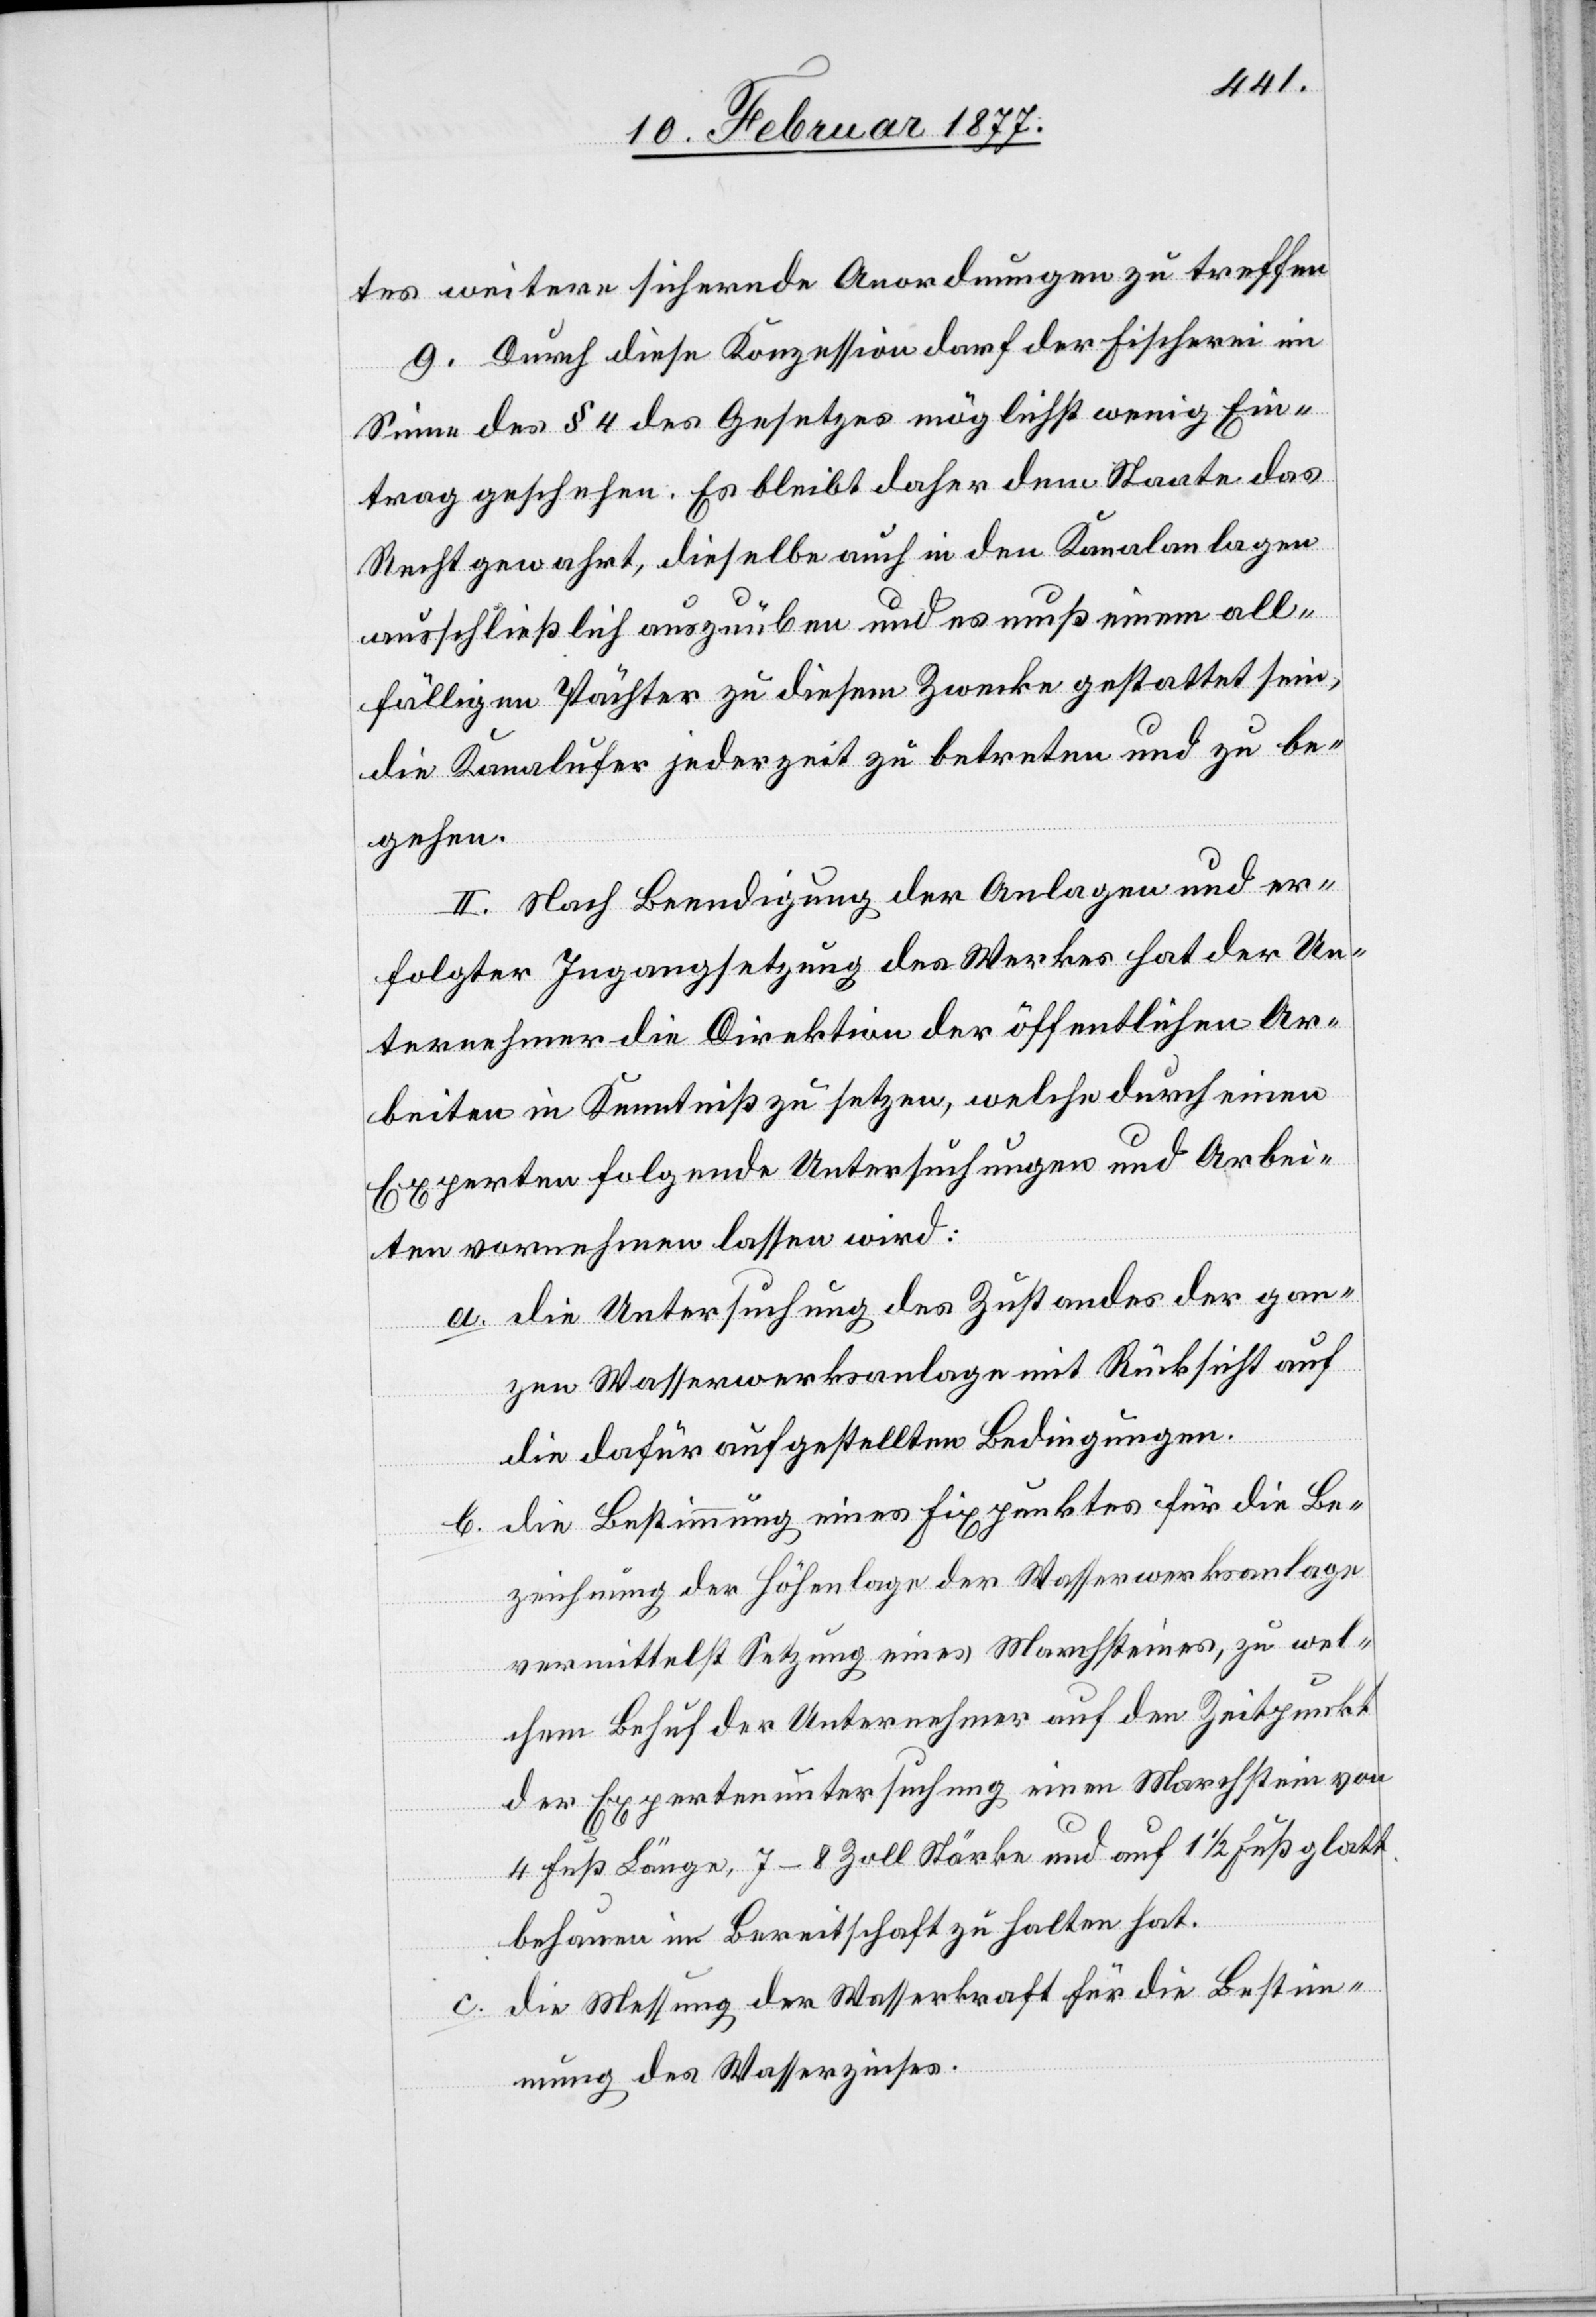
tes weitere sichernde Anordnungen zu treffen.
9. Durch diese Konzession darf der Fischerei im
Sinne des § 4 des Gesetzes ... möglichst weniger Ein¬
trag geschehen. Es bleibt daher dem Staate das
Recht gewahrt, dieselbe auch in den Kanalanlagen
ausschließlich auszuüben und es muß einem all¬
fälligen Pächter zu diesem Zwecke gestattet sein,
die Kanalufer jederzeit zu betreten und zu be¬
gehen.
II. Nach Beendigung der Anlagen und er¬
folgter Ingangsetzung des Werkes hat der Un¬
ternehmer die Direktion der öffentlichen Ar¬
beiten in Kenntniß zu setzen, welche durch einen
Experten folgende Untersuchungen und Arbei¬
ten vornehmen lassen wird:
a. die Untersuchung des Zustandes der gan¬
zen Wasserwerksanlage mit Rücksicht auf
die dafür aufgestellten Bedingungen.
b. die Bestimmung eines Fixpunktes für die Be¬
zeichnung der Höhenlage der Wasserwerksanlage
vermittelst Setzung eines Machsteines, zu wel¬
chem Behuf der Unternehmer auf den Zeitpunkt
der Expertenuntersuchung einen Machstein von
4 Fuß Länge, 7–8 Zoll Stärke und auf 1 1/2 Fuß glatt
behauen in Bereitschaft zu halten hat.
c. die Messung der Wasserkraft für die Bestim¬
mung des Wasserzinses.